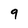
Character: 9